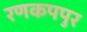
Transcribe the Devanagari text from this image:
रणकपपुर